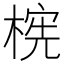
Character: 𬃫